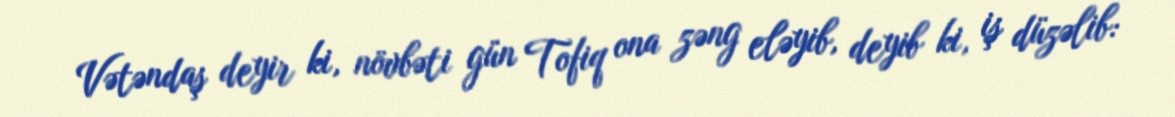
Vətəndaş deyir ki, növbəti gün Tofiq ona zəng eləyib, deyib ki, iş düzəlib: